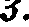
3.